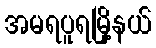
အမရပူရမြို့နယ်